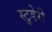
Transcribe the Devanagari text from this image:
स्टुडेरी